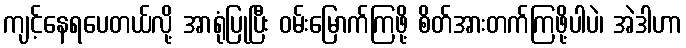
ကျင့်နေရပေတယ်လို့ အာရုံပြုပြီး ဝမ်းမြောက်ကြဖို့ စိတ်အားတက်ကြဖို့ပါပဲ၊ အဲဒါဟာ